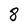
Character: 8